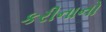
કરીનાનો